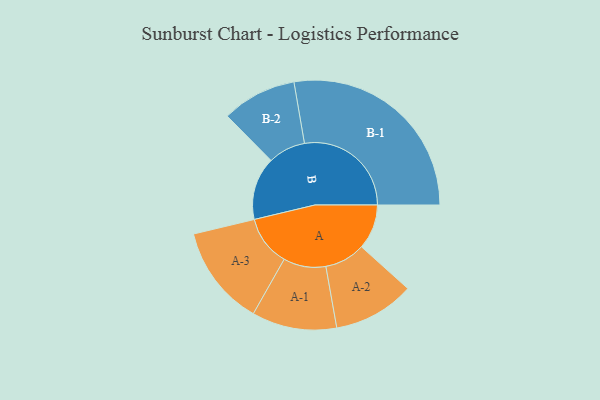
{"axis": {"x": "Segment", "y": "Value"}, "legend": ["", "A", "B"], "data": [{"x": "A", "y": 125, "type": ""}, {"x": "B", "y": 175, "type": ""}, {"x": "A-1", "y": 118, "type": "A"}, {"x": "A-2", "y": 113, "type": "A"}, {"x": "A-3", "y": 140, "type": "A"}, {"x": "B-1", "y": 297, "type": "B"}, {"x": "B-2", "y": 104, "type": "B"}]}